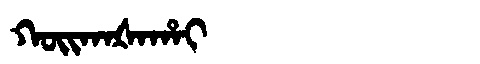
Manchu: ᡴᠣᡳᡴᠠᡧᠠᡥᠠᡳ
Romanization: KOIKAŠAHAI